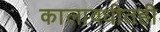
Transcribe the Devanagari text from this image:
कालावधीतही